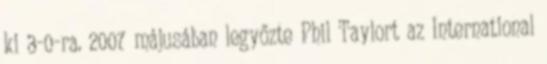
ki 3-0-ra. 2007 májusában legyőzte Phil Taylort az International